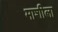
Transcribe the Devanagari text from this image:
माशीला